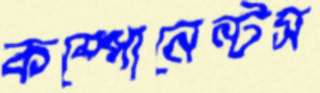
কম্পোনেন্টস